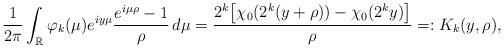
LaTeX: \begin{align*}\frac{1}{2\pi}\int_{\mathbb{R}}\varphi_k(\mu)e^{iy\mu}\frac{e^{i\mu\rho}-1}{\rho}\,d\mu=\frac{2^k\big[\chi_0(2^k(y+\rho))-\chi_0(2^ky)\big]}{\rho}=:K_k(y,\rho),\end{align*}